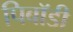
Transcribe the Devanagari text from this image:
पिबॉडी